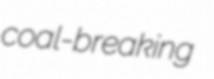
coal-breaking